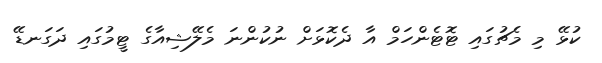
ކުޅޭ މި މެޗުގައި ޓޮޓެންހަމް އާ ދެކޮޅަށް ނުކުންނަ މެލޭޝިއާގެ ޓީމުގައި ދަގަނޑޭ